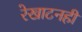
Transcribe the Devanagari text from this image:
रेखाटनही